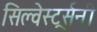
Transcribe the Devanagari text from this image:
सिल्वेस्टर्र्सनी